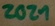
Text: 2021